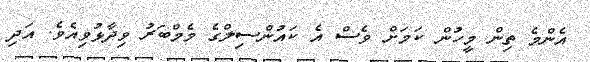
އެންމެ ތިން މީހުން ކަމަށް ވެސް އެ ކައުންސިލްގެ މެމްބަރު ވިދާޅުވިއެވެ. އަދި